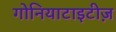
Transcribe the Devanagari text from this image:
गोनियाटाइटीज़